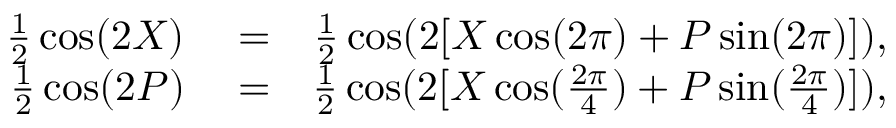
\begin{array} { r l r } { \frac { 1 } { 2 } \cos ( 2 X ) } & { { } = } & { \frac { 1 } { 2 } \cos ( 2 [ X \cos ( 2 \pi ) + P \sin ( 2 \pi ) ] ) , } \\ { \frac { 1 } { 2 } \cos ( 2 P ) } & { { } = } & { \frac { 1 } { 2 } \cos ( 2 [ X \cos ( \frac { 2 \pi } { 4 } ) + P \sin ( \frac { 2 \pi } { 4 } ) ] ) , } \end{array}